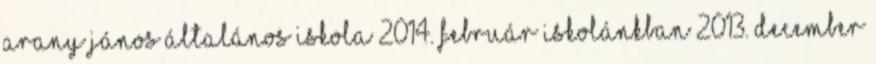
Arany János Általános Iskola 2014. február Iskolánkban 2013. december